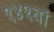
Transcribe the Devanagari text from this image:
१४१वां